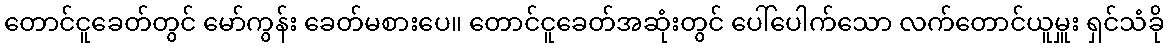
တောင်ငူခေတ်တွင် မော်ကွန်း ခေတ်မစားပေ။ တောင်ငူခေတ်အဆုံးတွင် ပေါ်ပေါက်သော လက်တောင်ယူမှူး ရှင်သံခို